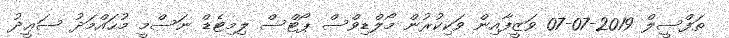
ތަފްސީލް 2019-07-07 ވަޒީފާއިން ވަކިކުރުން މޯލްޑިވްސް ޕޯޓްސް ލިމިޓެޑް ނަސްމީ މުޙައްމަދު ސަޢީދު